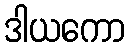
ဒါယကော